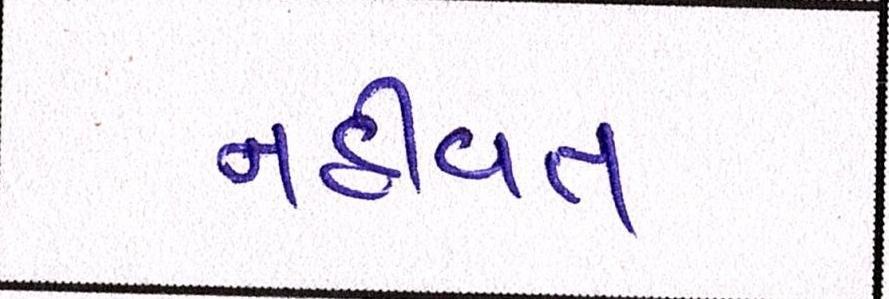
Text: નહીંવત